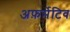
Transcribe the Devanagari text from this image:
अफ़र्मेटिव